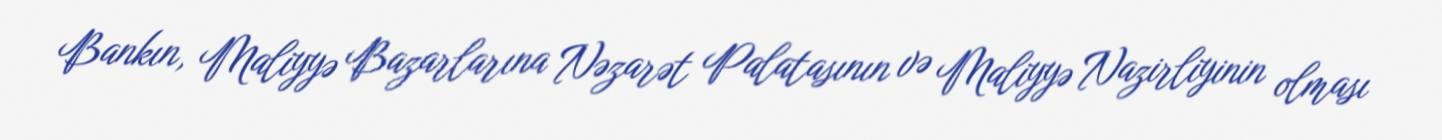
Bankın, Maliyyə Bazarlarına Nəzarət Palatasının və Maliyyə Nazirliyinin olması